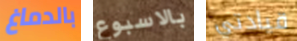
بالدماغ بالاسبوع قيادتي